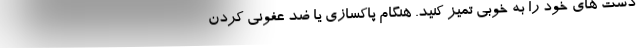
دست های خود را به خوبی تمیز کنید. هنگام پاکسازی یا ضد عفونی کردن